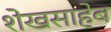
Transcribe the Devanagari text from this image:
शेखसाहेब